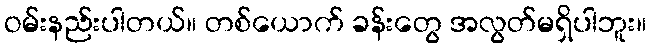
ဝမ်းနည်းပါတယ်။ တစ်ယောက် ခန်းတွေ အလွတ်မရှိပါဘူး။